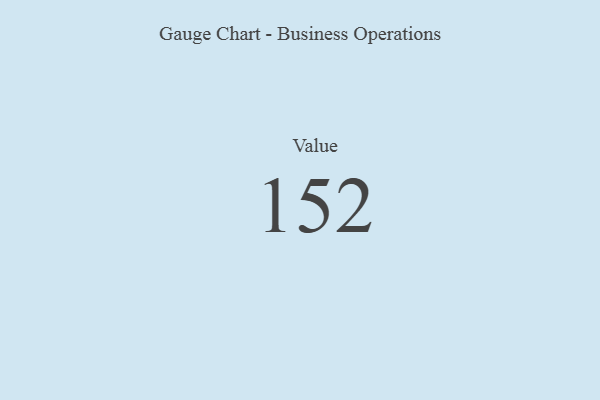
{"axis": {"x": "Metric", "y": "Value"}, "legend": [""], "data": [{"x": "Value", "y": 152, "type": ""}]}